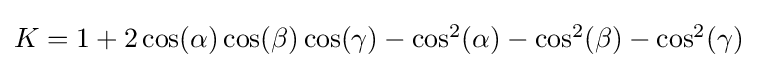
{\textstyle K=1+2\cos(\alpha )\cos(\beta )\cos(\gamma )-\cos ^{2}(\alpha )-\cos ^{2}(\beta )-\cos ^{2}(\gamma )}